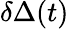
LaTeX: \delta\Delta(t)